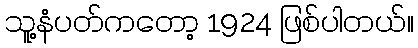
သူ့နံပတ်ကတော့ 1924 ဖြစ်ပါတယ်။